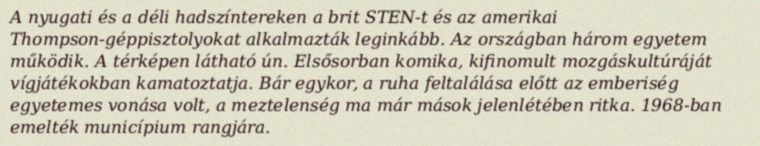
A nyugati és a déli hadszíntereken a brit STEN-t és az amerikai Thompson-géppisztolyokat alkalmazták leginkább. Az országban három egyetem működik. A térképen látható ún. Elsősorban komika, kifinomult mozgáskultúráját vígjátékokban kamatoztatja. Bár egykor, a ruha feltalálása előtt az emberiség egyetemes vonása volt, a meztelenség ma már mások jelenlétében ritka. 1968-ban emelték municípium rangjára.